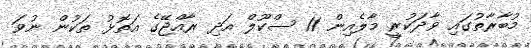
މުބާރާތުގައި ވާދަކުރީ މާލެއިން 11 ސްކޫލް އަދި ރާއްޖޭގެ އަތޮޅު ތަކުން ނުވަ